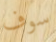
سوف